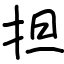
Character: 担